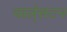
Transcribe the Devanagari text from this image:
चार्ल्‌सटन